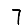
Digit: 7